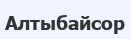
Алтыбайсор